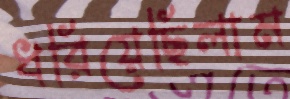
ধরিয়েছিলাম